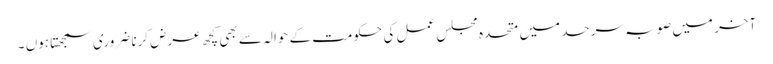
آخر میں صوبہ سرحد میں متحدہ مجلس عمل کی حکومت کے حوالہ سے بھی کچھ عرض کرنا ضروری سمجھتا ہوں ۔